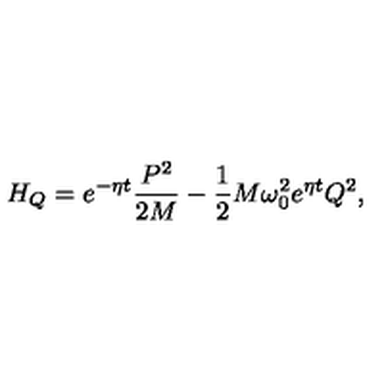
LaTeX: H _ { Q } = e ^ { - \eta t } \frac { P ^ { 2 } } { 2 M } - \frac 1 2 M \omega _ { 0 } ^ { 2 } e ^ { \eta t } Q ^ { 2 } ,